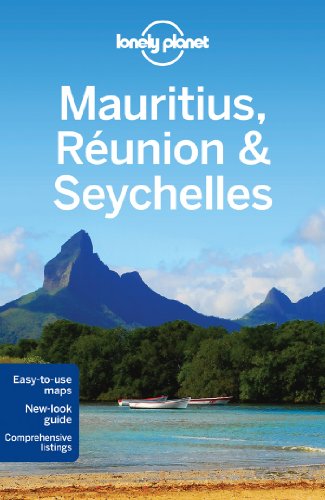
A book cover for Lonely Planet Mauritius, Reunion & Seychelles (Travel Guide); Lonely Planet; Travel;